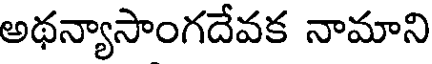
అథన్యాసాంగదేవక నామాని